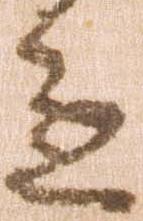
達